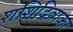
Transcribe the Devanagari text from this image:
शशिदिवाकर